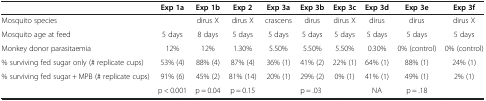
<table><thead><tr><td><b> </b></td><td><b>Exp 1a</b></td><td><b>Exp 1b</b></td><td><b>Exp 2</b></td><td><b>Exp 3a</b></td><td><b>Exp 3b</b></td><td><b>Exp 3c</b></td><td><b>Exp 3d</b></td><td><b>Exp 3e</b></td><td><b>Exp 3f</b></td></tr></thead><tbody><tr><td>Mosquito species</td><td> </td><td>dirus X</td><td>dirus X</td><td>crascens</td><td>dirus</td><td>dirus X</td><td>dirus</td><td>dirus</td><td>dirus X</td></tr><tr><td>Mosquito age at feed</td><td>5 days</td><td>8 days</td><td>5 days</td><td>5 days</td><td>5 days</td><td>5 days</td><td>5 days</td><td>5 days</td><td>5 days</td></tr><tr><td>Monkey donor parasitaemia</td><td>12%</td><td>12%</td><td>1.30%</td><td>5.50%</td><td>5.50%</td><td>5.50%</td><td>0.30%</td><td>0% (control)</td><td>0% (control)</td></tr><tr><td>% surviving fed sugar only (# replicate cups)</td><td>53% (4)</td><td>88% (4)</td><td>87% (4)</td><td>36% (1)</td><td>41% (2)</td><td>22% (1)</td><td>64% (1)</td><td>88% (1)</td><td>24% (1)</td></tr><tr><td>% surviving fed sugar + MPB (# replicate cups)</td><td>91% (6)</td><td>45% (2)</td><td>81% (14)</td><td>20% (1)</td><td>29% (2)</td><td>0% (1)</td><td>41% (1)</td><td>49% (1)</td><td>2% (1)</td></tr><tr><td> </td><td>p &lt; 0.001</td><td>p = 0.04</td><td>p = 0.15</td><td colspan="3">p = .03</td><td>NA</td><td>p = .18</td><td> </td></tr></tbody></table>